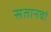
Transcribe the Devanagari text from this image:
सतानवां